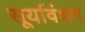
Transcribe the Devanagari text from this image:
सूर्यावंशम